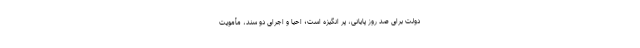
دولت برای صد روز پایانی، پر انگیزه است؛ احیا و اجرای دو سند، مأمویت